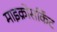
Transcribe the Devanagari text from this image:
माइक्रोसर्किट